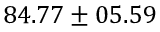
8 4 . 7 7 \pm 0 5 . 5 9